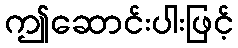
ဤဆောင်းပါးဖြင့်